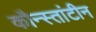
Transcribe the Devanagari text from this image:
कौन्स्तांटीन